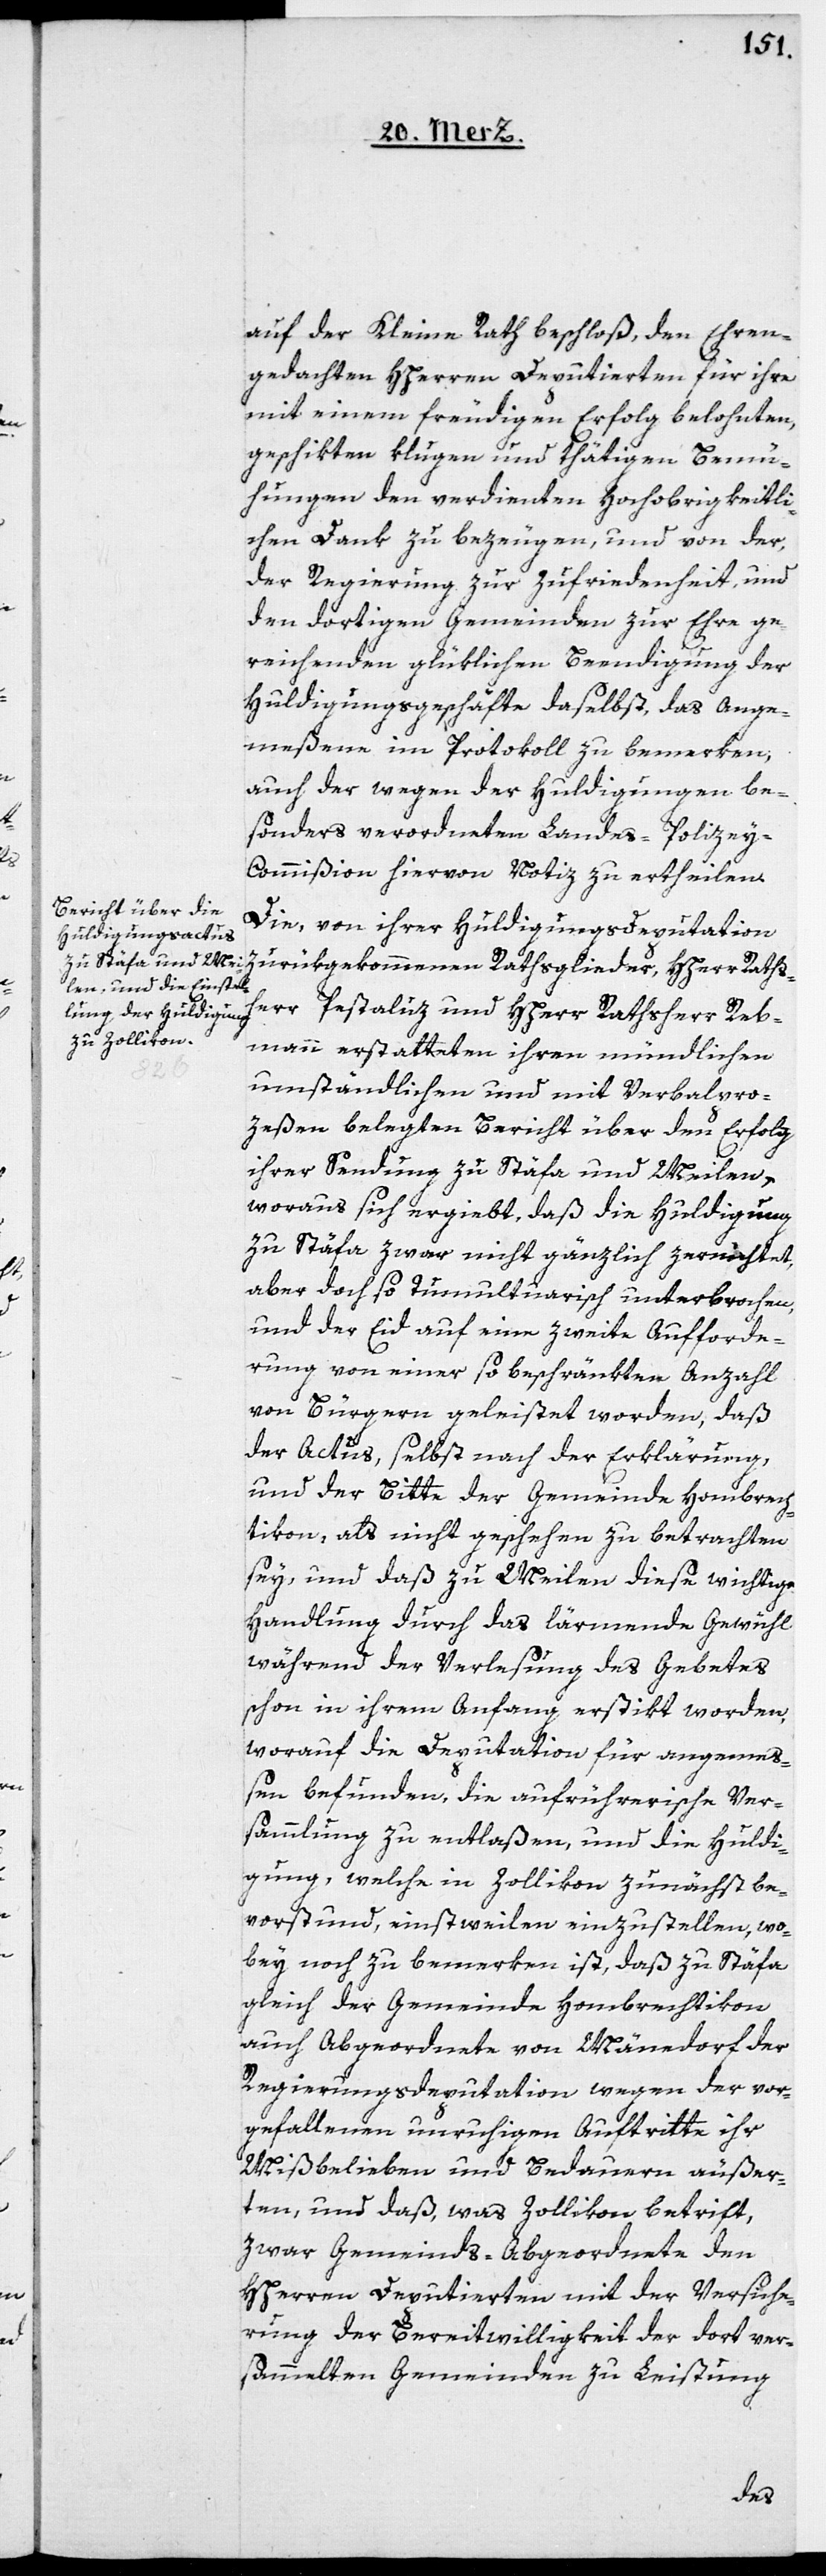
auf der Kleine Rath beschloß, den Ehren¬
gedachten HHerren Deputierten für ihre
mit einem freudigen Erfolg belohnten,
geschikten klugen und thätigen Bemü¬
hungen den verdienten Hochobrigkeitli¬
chen Dank zu bezeugen, und von der,
der Regierung zur Zufriedenheit, und
den dortigen Gemeinden zur Ehre ge¬
reichenden glüklichen Beendigung der
Huldigungsgeschäfte daselbst, das Ange¬
meßene im Protokoll zu bemerken,
auch der wegen der Huldigungen be¬
sonders verordneten Landes-Polizey-C¬
ommißion hiervon Notiz zu ertheilen.
Die, von ihrer Huldigungsdeputation
zurükgekommenen Rathsglieder, HHerr Raths¬
herr Pestaluz und HHerr Rathsherr Reb¬
mann erstatteten ihren mündlichen
umständlichen und mit Verbalpro¬
zeßen belegten Bericht über den Erfolg
ihrer Sendung zu Stäfa und Meilen,
woraus sich ergiebt, daß die Huldigung
zu Stäfa zwar nicht gänzlich zernichtet,
aber doch so tumultuarisch unterbrochen,
und der Eid auf eine zweite Aufforde¬
rung von einer so beschränkten Anzahl
von Bürgern geleistet worden, daß
der Actus, selbst nach der Erklärung,
und der Bitte der Gemeinde Hombrech¬
tikon, als nicht geschehen zu betrachten
sey, und daß zu Meilen diese wichtige
Handlung durch das lärmende Gewühl
während der Verlesung des Gebetes
schon in ihrem Anfang erstikt worden,
worauf die Deputation für angemeß¬
en befunden, die aufrührerische Ver¬
sammlung zu entlaßen, und die Huldi¬
gung, welche in Zollikon zunächst be¬
vorstund, einstweilen einzustellen, wo¬
bey noch zu bemerken ist, daß zu Stäfa,
gleich der Gemeinde Hombrechtikon
auch Abgeordnete von Männedorf der
Regierungsdeputation wegen der vor¬
gefallenen unruhigen Auftritte ihr
Mißbelieben und Bedauern äußer¬
ten, und daß, was Zollikon betrift,
zwar Gemeinds-Abgeordnete den
HHerren Deputierten mit der Versiche¬
rung der Bereitwilligkeit der dort ver¬
sammelten Gemeinden zu Leistung